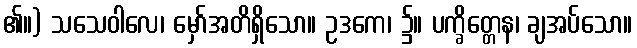
၏။) သသေဝါလေ၊ မှော်အတိရှိသော။ ဥဒကေ၊ ၌။ ပက္ခိတ္တေန၊ ချအပ်သော။